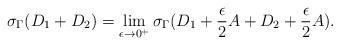
LaTeX: \begin{align*}\sigma_{\Gamma} (D_1 + D_2) = \lim_{\epsilon \to 0^+} \sigma_{\Gamma} (D_1 + \frac{\epsilon}{2} A + D_2 + \frac{\epsilon}{2} A ) .\end{align*}